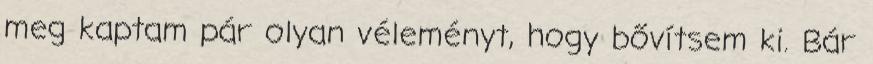
meg kaptam pár olyan véleményt, hogy bővítsem ki. Bár